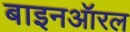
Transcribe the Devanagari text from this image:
बाइनऑरल